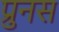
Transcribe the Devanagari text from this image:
प्रुनस